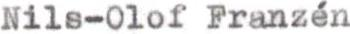
Nils-Olof Franzén